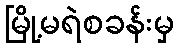
မြို့မရဲစခန်းမှ